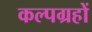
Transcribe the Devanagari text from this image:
कल्पग्रहों